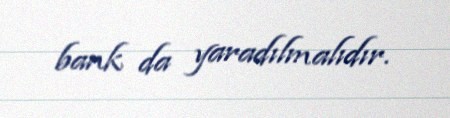
bank da yaradılmalıdır.